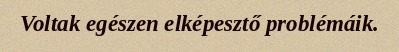
Voltak egészen elképesztő problémáik.